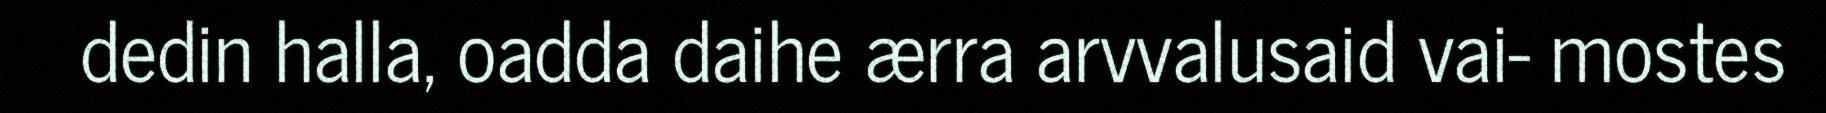
dedin halla, oadda daihe ærra arvvalusaid vai- mostes